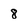
Character: 8